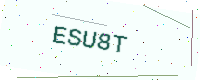
Text: ESU8T